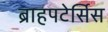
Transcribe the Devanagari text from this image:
ब्राहपटेर्सिस